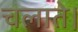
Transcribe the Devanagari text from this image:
चलाते।